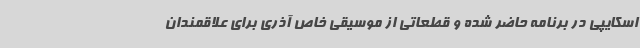
اسکایپی در برنامه حاضر شده و قطعاتی از موسیقی خاص آذری برای علاقمندان